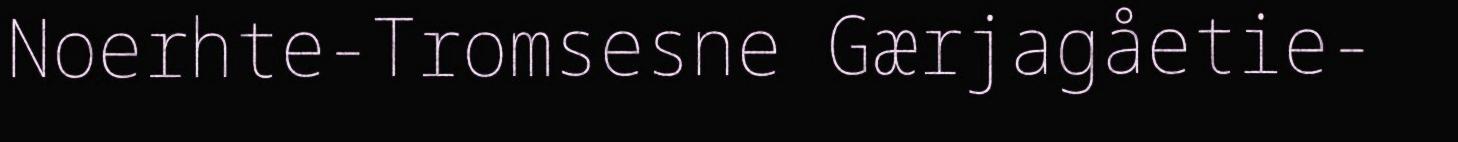
Noerhte-Tromsesne Gærjagåetie-